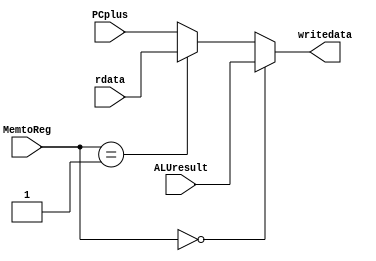
`timescale 1ns/1ps

module MemtoRegMUX(MemtoReg,ALUresult,rdata,PCplus,writedata);

input [1:0] MemtoReg;
input [31:0] ALUresult;
input [31:0] rdata;
input [31:0] PCplus;
output [31:0] writedata;

assign writedata = (MemtoReg == 2'b00) ? ALUresult :
                   (MemtoReg == 2'b01) ? rdata :
                   PCplus;

endmodule